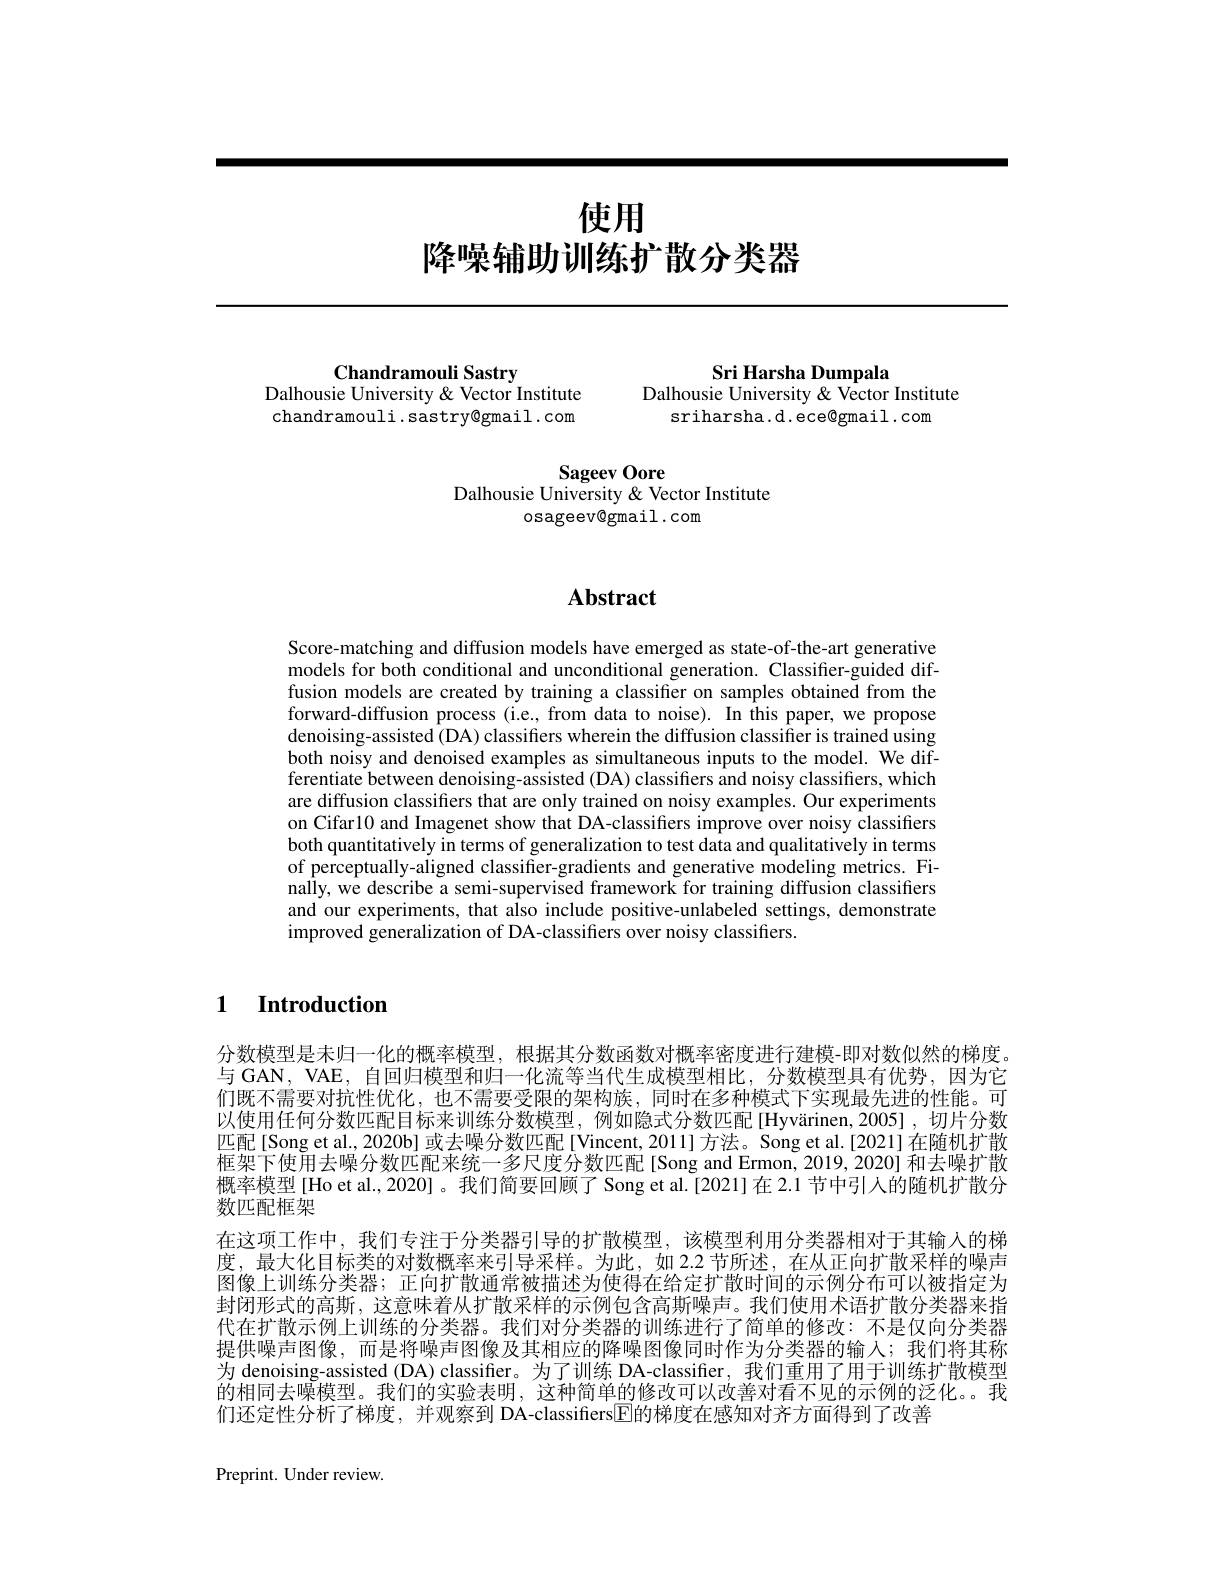
# 使用降噪辅助训练扩散分类器

Sri Harsha Dumpala
Dalhousie University & Vector Institute
sriharsha.d.ece@gmail.com

Chandramouli Sastry
Dalhousie University & Vector Institute chandramouli.sastry@gmail.com

## Sageev Oore
Dalhousie University & Vector Institute
## osageev@gmail.com

## Abstract

Score-matching and diffusion models have emerged as state-of-the-art generative models for both conditional and unconditional generation. Classifier-guided diffusion models are created by training a classifier on samples obtained from the forward-diffusion process(i.e., from data to noise). In this paper, we propose denoising-assisted (DA) classifiers wherein the diffusion classifier is trained using both noisy and denoised examples as simultaneous inputs to the model. We differentiate between denoising-assisted (DA) classiffers and noisy classifiers, which are diffusion classifiers that are only trained on noisy examples. Our experiments on Cifar10 and Imagenet show that DA-classifiers improve over noisy classifiers both quantitatively in terms of generalization to test data and qualitatively in terms of perceptually-aligned classifier-gradients and generative modeling metrics. Finally, we describe a semi-supervised framework for training diffusion classifiers and our experiments, that also include positive-unlabeled settings, demonstrate improved generalization of DA-classifiers over noisy classifiers.

### $\textbf{1}$ $\textbf{Introduction}$

分数模型是未归一化的概率模型，根据其分数函数对概率密度进行建模-即对数似然的梯度。与 GAN, VAE, 自回归模型和归一化流等当代生成模型相比，分数模型具有优势，因为它们既不需要对抗性优化，也不需要受限的架构族，同时在多种模式下实现最先进的性能。可以使用任何分数匹配目标来训练分数模型，例如隐式分数匹配[Hyvärinen,2005],切片分数匹配[Song et al., 2020b] 或去噪分数匹配[Vincent, 2011]方法。Song et al.[2021]在随机扩散框架下使用去噪分数匹配来统一多尺度分数匹配[Song and Ermon, 2019, 2020] 和去噪扩散概率模型[Ho et al., 2020]。我们简要回顾了 Song et al.[2021]在 2.1 节中引人的随机扩散分数匹配框架
在这项工作中，我们专注于分类器引导的扩散模型，该模型利用分类器相对于其输入的梯度，最大化目标类的对数概率来引导采样。为此，如 2.2 节所述，在从正向扩散采样的噪声图像上训练分类器；正向扩散通常被描述为使得在给定扩散时间的示例分布可以被指定为封闭形式的高斯，这意味着从扩散采样的示例包含高斯噪声。我们使用术语扩散分类器来指代在扩散示例上训练的分类器。我们对分类器的训练进行了简单的修改：不是仅向分类器提供噪声图像，而是将噪声图像及其相应的降噪图像同时作为分类器的输人；我们将其称为 denoising-assisted (DA) classifier。为了训练 DA-classifier, 我们重用了用于训练扩散模型$\bar{\text{的相同去噪模型。我们的实验表明，这种简单的修改可以改善对看不见的示例的泛化。。我}}$ 们还定性分析了梯度，并观察到 DA-classifiers$\overline{\mathrm{F}}$的梯度在感知对齐方面得到了改善

Preprint. Under review.